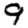
Digit: 9